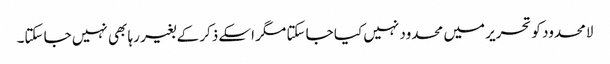
لامحدود کو تحریر میں محدود نہیں کیا جا سکتا مگر اسکے ذکر کے بغیر رہا بھی نہیں جا سکتا۔